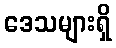
ဒေသများရှိ